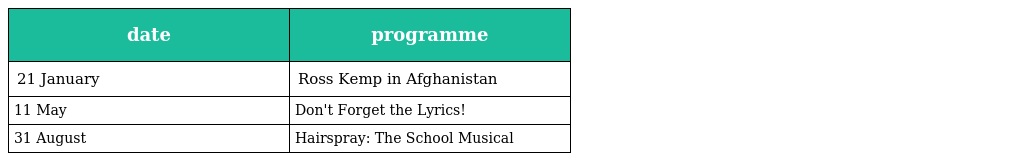
| date | programme |
 | --- | --- |
 | 21 January | Ross Kemp in Afghanistan |
 | 11 May | Don't Forget the Lyrics! |
 | 31 August | Hairspray: The School Musical |